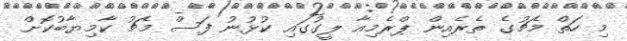
މި ހަތް މެޗުގެ ތެރެއިން ޕްރެމިއާ ލީގުގައި ކުޅުނު ފަސް މެޗު ކާމިޔާބުކޮށް